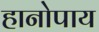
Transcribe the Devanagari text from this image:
हानोपाय